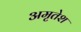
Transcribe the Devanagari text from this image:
अमृतेश